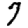
Digit: 7